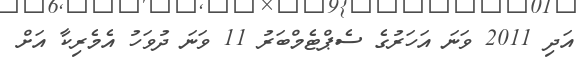
އަދި 2011 ވަނަ އަހަރުގެ ސެޕްޓެމްބަރު 11 ވަނަ ދުވަހު އެމެރިކާ އަށް